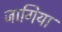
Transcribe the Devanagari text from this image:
जागिया